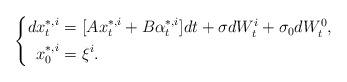
LaTeX: \begin{align*} \left\{ \begin{aligned}dx^{*,i}_t=&~[Ax^{*,i}_t+B\alpha^{*,i}_t]dt+\sigma dW^i_t+\sigma_0dW^0_t,\\ x^{*,i}_0=&~\xi^i. \end{aligned} \right. \end{align*}